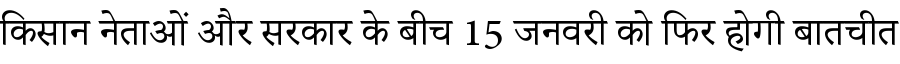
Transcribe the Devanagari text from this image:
किसान नेताओं और सरकार के बीच 15 जनवरी को फिर होगी बातचीत